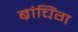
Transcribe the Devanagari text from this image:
ब्रांचिंग